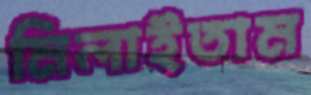
মিলাইতাম